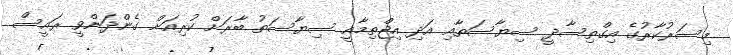
މިސަރުކާރުގެ އިގްތިސާދީ ސިޔާސަތާއި އަދި އިޖްތިމާއީ ސިޔާސަތު ބާރަށް ކުރިއަށް ގެންދަންވީ ރައީސް